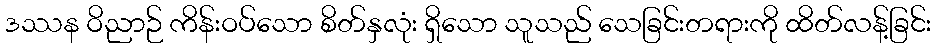
ဒဿန ဝိညာဉ် ကိန်းဝပ်သော စိတ်နှလုံး ရှိသော သူသည် သေခြင်းတရားကို ထိတ်လန့်ခြင်း